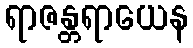
ရာဇန္တရာယေန